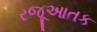
રજૂઆતક